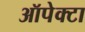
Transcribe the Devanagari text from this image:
ऑपेक्टा